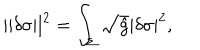
LaTeX: | | \delta \sigma | | ^ { 2 } = \int _ { \Sigma } \sqrt { \hat { g } } | \delta \sigma | ^ { 2 } ,